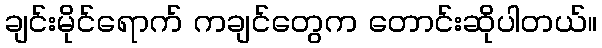
ချင်းမိုင်ရောက် ကချင်တွေက တောင်းဆိုပါတယ်။